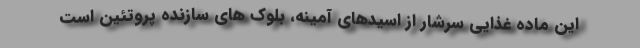
این ماده غذایی سرشار از اسیدهای آمینه، بلوک های سازنده پروتئین است